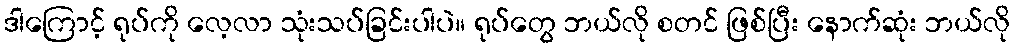
ဒါကြောင့် ရုပ်ကို လေ့လာ သုံးသပ်ခြင်းပါပဲ။ ရုပ်တွေ ဘယ်လို စတင် ဖြစ်ပြီး နောက်ဆုံး ဘယ်လို